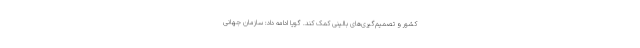
کشور و تصمیم‌گیری‌های بالینی کمک کند. گویا ادامه داد: سازمان جهانی